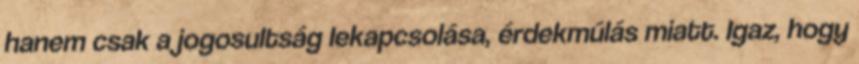
hanem csak a jogosultság lekapcsolása, érdekmúlás miatt. Igaz, hogy